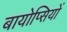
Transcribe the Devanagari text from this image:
बायोप्‍िसयों